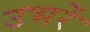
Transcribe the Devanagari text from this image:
उभरें